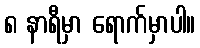
၈ နာရီမှာ ရောက်မှာပါ။